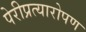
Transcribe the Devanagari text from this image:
पेरीप्रत्यारोपण